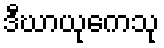
ဒီဃာယုကေသု